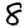
Digit: 8